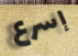
إسرع